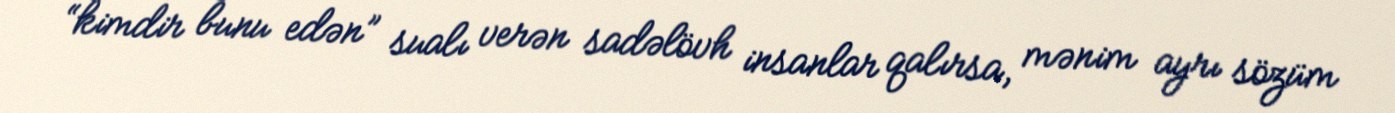
“kimdir bunu edən” sualı verən sadəlövh insanlar qalırsa, mənim ayrı sözüm